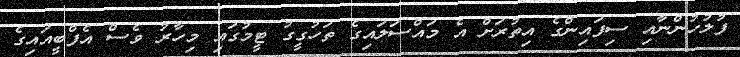
ފުލުހުންނާއި ސިފައިންގެ އިތުރަށް އެ މައްސަލައިގެ ތަހުގީގު ޓީމުގައި މިހާރު ވެސް އެފްބީއައިގެ